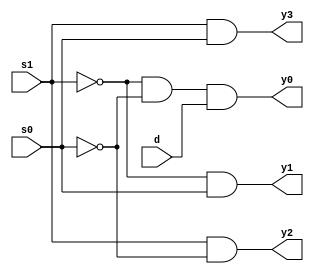
module demux4x1(d,s1,s0,y0,y1,y2,y3);
  input d,s1,s0;
  output y0,y1,y2,y3;
  not(s0bar,s0);
  not(s1bar,s1);
  and(y0,s1bar,s0bar,d);
  and(y1,s1bar,s0);
  and(y2,s1,s0bar);
  and(y3,s1,s0);
endmodule